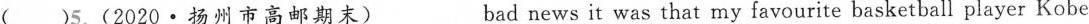
( )5.(2020·扬州市高邮期末)___bad news it was that my favourite basketball player Kobe